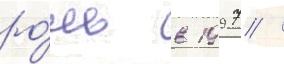
ро́ль в 1997 /